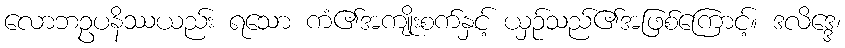
လောဘဥပနိဿယည်း ရသော ကံ၏အကျိုးစက်နှင့် ယှဉ်သည်၏အဖြစ်ကြောင့်။ ဒလိဒ္ဒေ၊